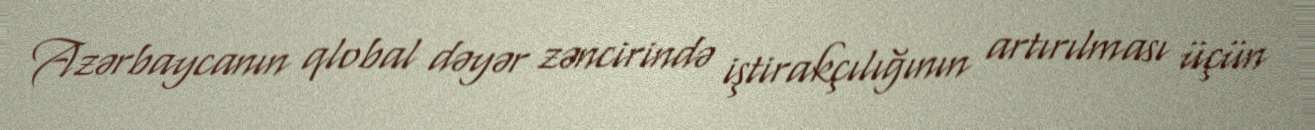
Azərbaycanın qlobal dəyər zəncirində iştirakçılığının artırılması üçün